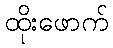
ထိုးဖောက်